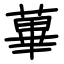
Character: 蓽